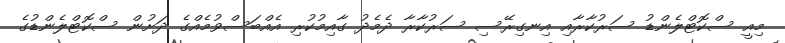
މިއީ ސްކޮޓްލެންޑު ސަރުކާރާއި އިނގިރޭސި ސަރުކާރާ ދެމެދު ގާއިމުކުރި އެއްބަސްވުމެއްގެ ދަށުން ސްކޮޓްލެންޑުގެ